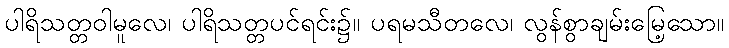
ပါရိသတ္တဝါမူလေ၊ ပါရိသတ္တပင်ရင်း၌။ ပရမသီတလေ၊ လွန်စွာချမ်းမြေ့သော။